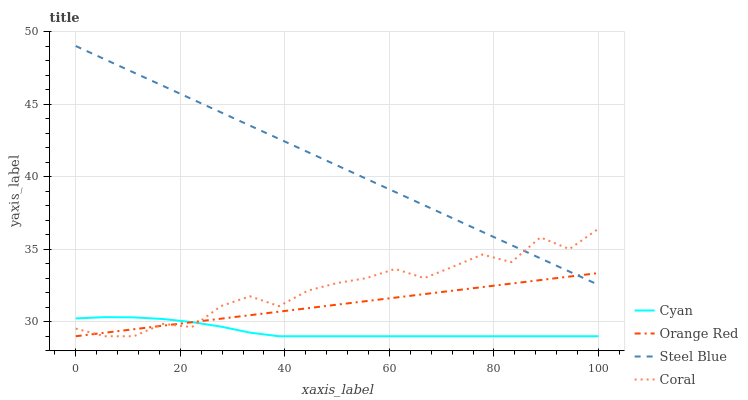
| xaxis_label | Cyan | Orange Red | Steel Blue | Coral |
 | --- | --- | --- | --- | --- |
 | 0 | 30.2 | 29 | 49 | 29.5 |
 | 5.56 | 30.3 | 29.2 | 48.1 | 29 |
 | 11.1 | 30.3 | 29.5 | 47.2 | 29 |
 | 16.7 | 30.2 | 29.7 | 46.3 | 29.9 |
 | 22.2 | 30 | 30 | 45.3 | 29.6 |
 | 27.8 | 29.7 | 30.2 | 44.4 | 31.1 |
 | 33.3 | 29.3 | 30.5 | 43.5 | 31.8 |
 | 38.9 | 29 | 30.7 | 42.6 | 31.1 |
 | 44.4 | 29 | 30.9 | 41.7 | 32.1 |
 | 50 | 29 | 31.2 | 40.8 | 32.7 |
 | 55.6 | 29 | 31.4 | 39.9 | 33 |
 | 61.1 | 29 | 31.7 | 38.9 | 33.6 |
 | 66.7 | 29 | 31.9 | 38 | 33 |
 | 72.2 | 29 | 32.1 | 37.1 | 33.8 |
 | 77.8 | 29 | 32.4 | 36.2 | 34.6 |
 | 83.3 | 29 | 32.6 | 35.3 | 34.1 |
 | 88.9 | 29 | 32.9 | 34.4 | 35.8 |
 | 94.4 | 29 | 33.1 | 33.5 | 35 |
 | 100 | 29 | 33.4 | 32.5 | 36.4 |